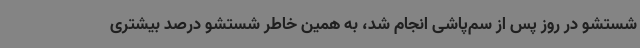
شستشو در روز پس از سم‌پاشی انجام شد، به همین خاطر شستشو درصد بیشتری